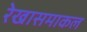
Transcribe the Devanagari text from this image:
रेखासमाकल